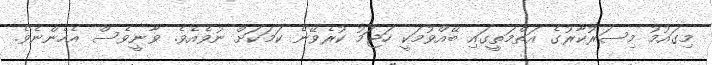
މިގައުމު މިސަރުކާރުގެ އަތްމަތީގައި ބޭއްވުމަކީ ހަޖަމު ކުރެވޭނެ ކަމަކަށް ނުވެއެވެ. ވާނީވެސް އެހެންނެވެ.